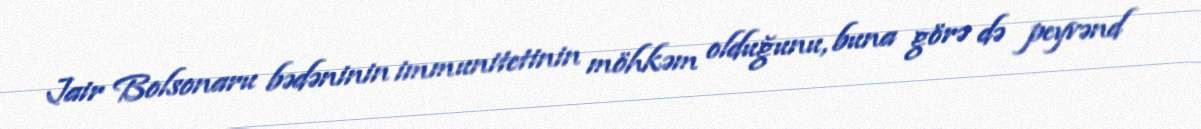
Jair Bolsonaru bədəninin immunitetinin möhkəm olduğunu, buna görə də peyvənd